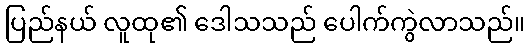
ပြည်နယ် လူထု၏ ဒေါသသည် ပေါက်ကွဲလာသည်။